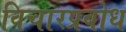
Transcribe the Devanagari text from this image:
विचारप्रबोध